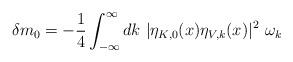
LaTeX: \begin{align*}\delta m_0 =-\frac{1}{4}\int_{-\infty}^{\infty}dk~|\eta_{K,0}(x)\eta_{V,k}(x)|^2~\omega_k\end{align*}